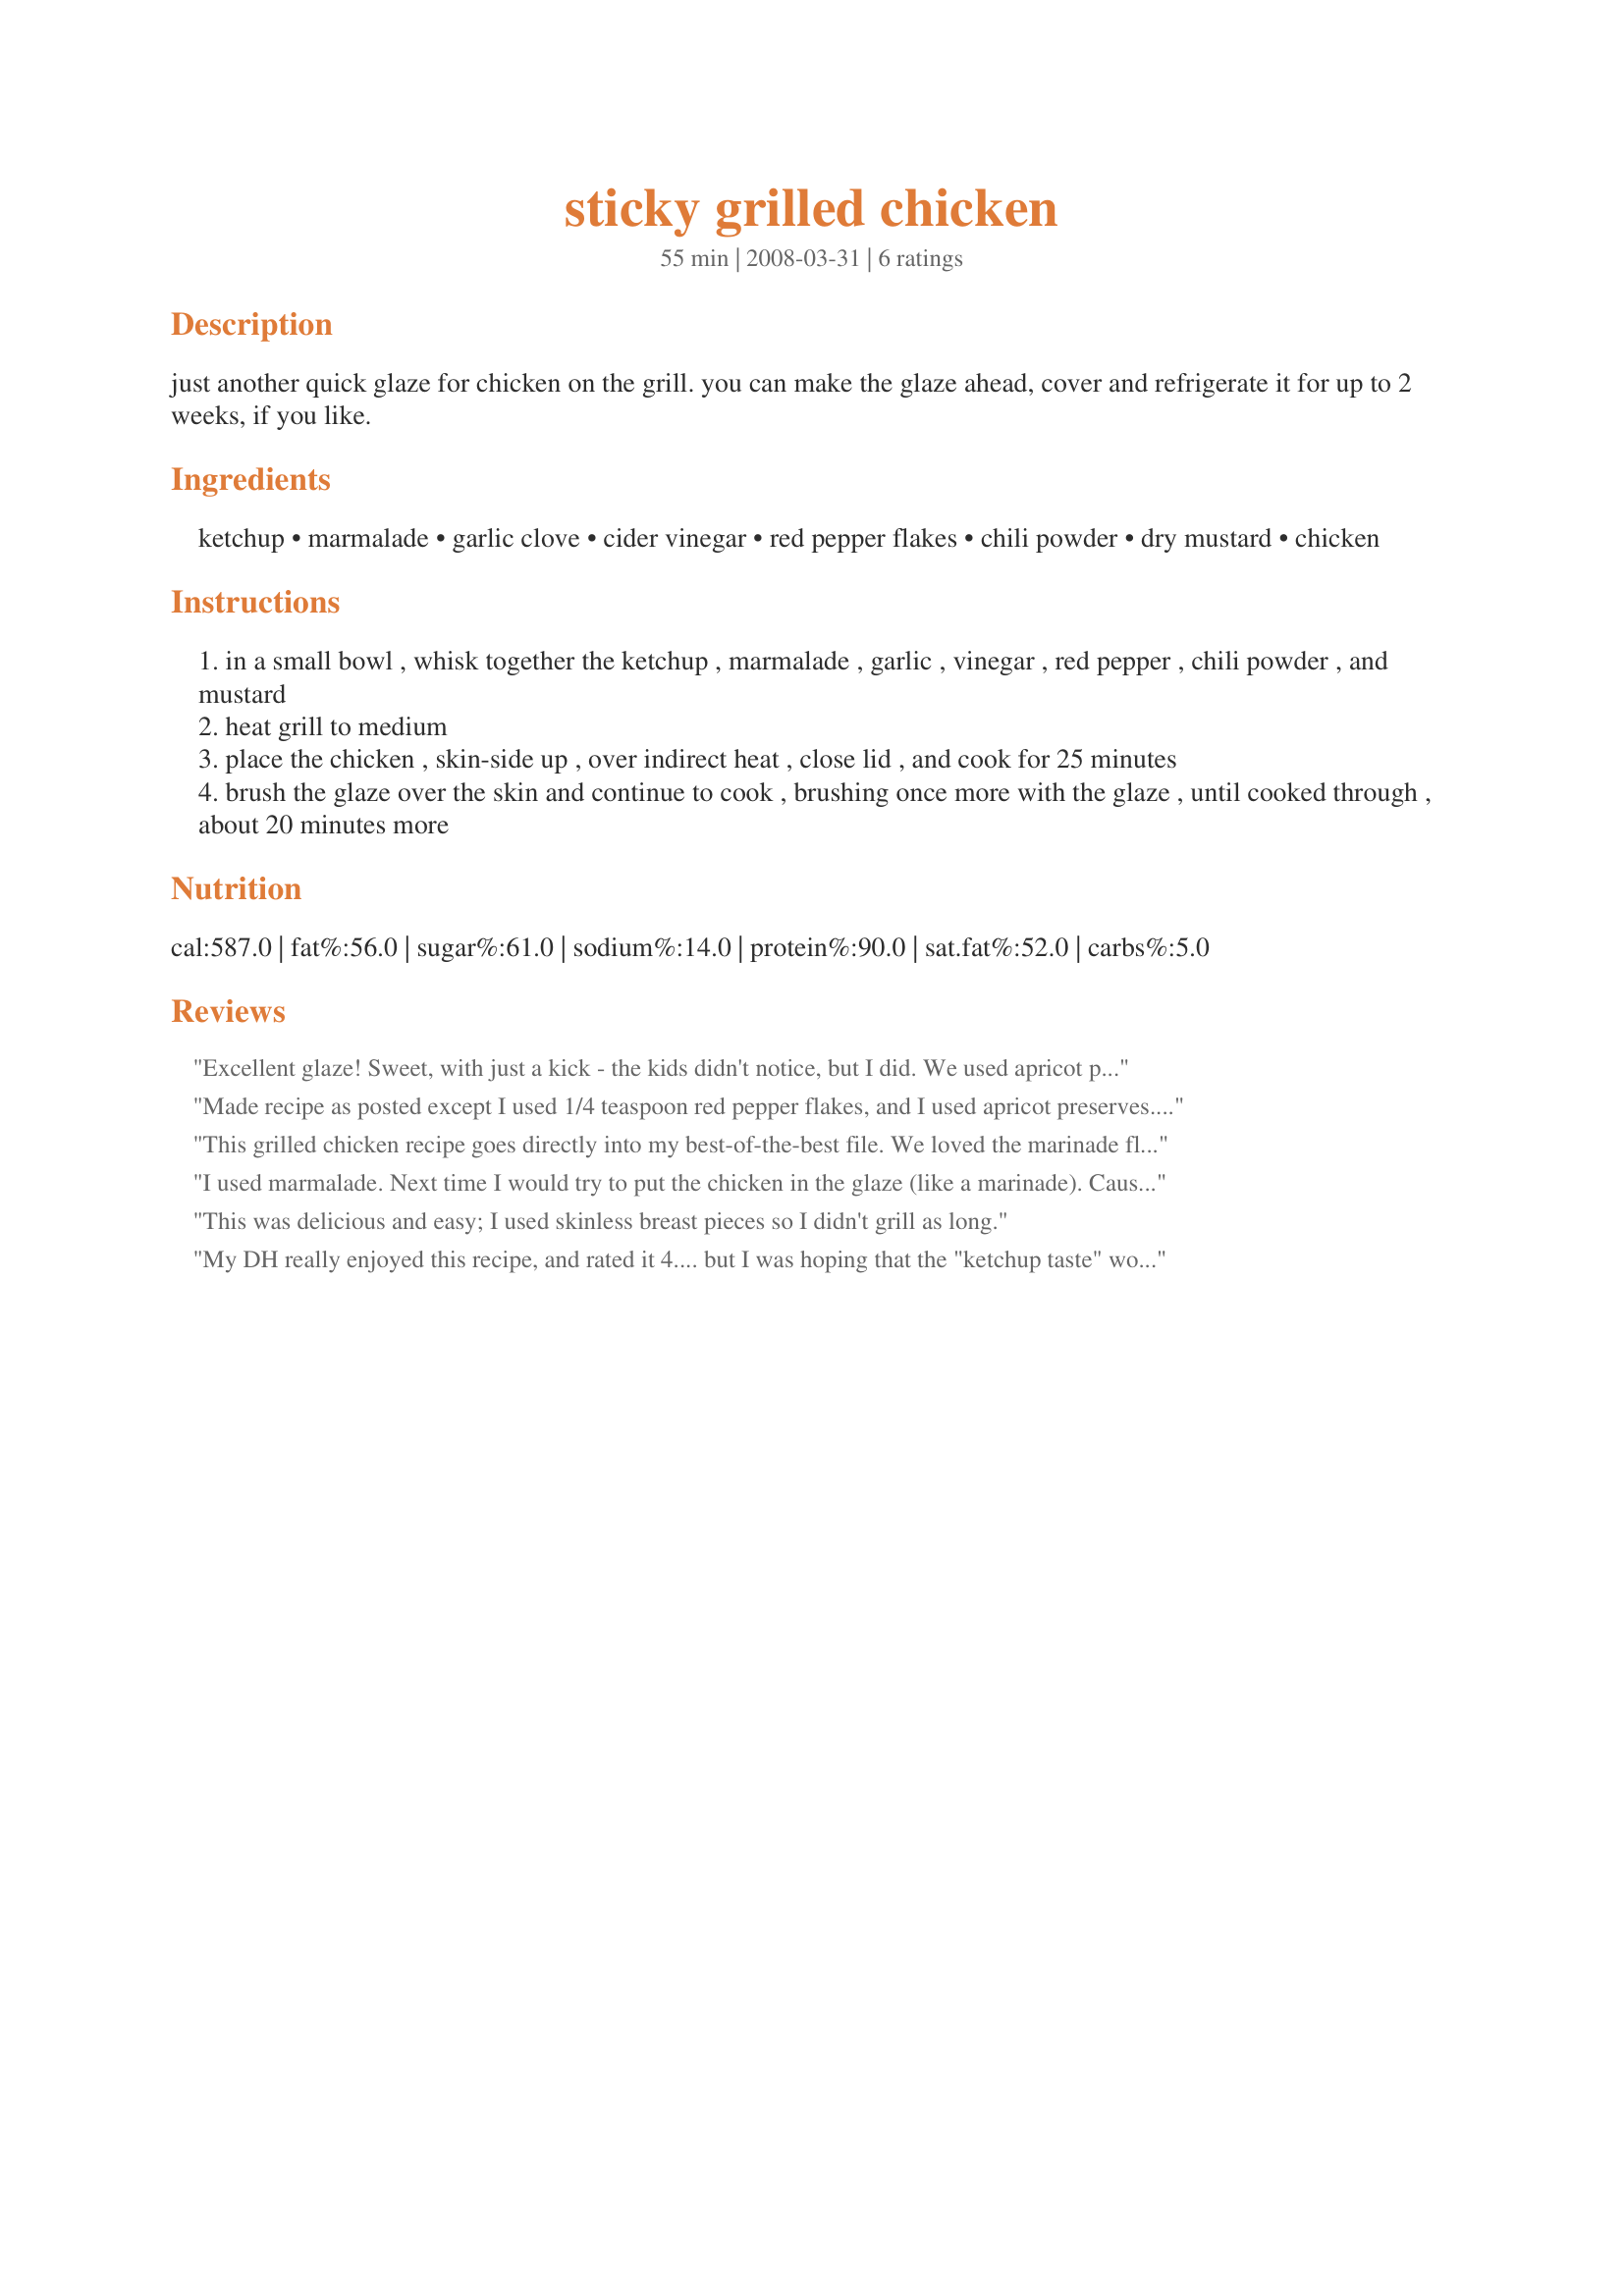
sticky grilled chicken
Preparation time: 55 minutes

just another quick glaze for chicken on the grill. you can make the glaze ahead, cover and refrigerate it for up to 2 weeks, if you like.

Ingredients:
ketchup, marmalade, garlic clove, cider vinegar, red pepper flakes, chili powder, dry mustard, chicken

Steps:
in a small bowl , whisk together the ketchup , marmalade , garlic , vinegar , red pepper , chili powder , and mustard
heat grill to medium
place the chicken , skin-side up , over indirect heat , close lid , and cook for 25 minutes
brush the glaze over the skin and continue to cook , brushing once more with the glaze , until cooked through , about 20 minutes more

Reviews:
Excellent glaze! Sweet, with just a kick - the kids didn't notice, but I did. We used apricot preserves, and bone-in breasts and legs. Thank you for posting. Made for ZWT5, for the Groovy GastroGnomes.
Made recipe as posted except I used 1/4 teaspoon red pepper flakes, and I used apricot preserves. SOOOOO GOOD!! These were to die for, picky daughter loved these also. Made for 1-2-3 hits
This grilled chicken recipe goes directly into my best-of-the-best file. We loved the marinade flavor!! I also loved the bit of heat from the crushed red pepper (without it being overly hot). We just thought this was perfect. It&#039;s super easy to pull together, too. We used chicken legs and devoured them! Made for the Spring Pick-A-Chef event.
I used marmalade. Next time I would try to put the chicken in the glaze (like a marinade). Cause it didn't taste a lot. But the taste was great. Or maybe DH didn't baste them enough. He hates doing that LOL Thanks Jackie. Made for Holiday tag.
This was delicious and easy; I used skinless breast pieces so I didn't grill as long.
My DH really enjoyed this recipe, and rated it 4.... but I was hoping that the "ketchup taste" would be masked a bit more for my liking. I would have rated it 3 stars. I did cut the recipe in half as it was just DH and myself. It wasn't bad...but I would probably try and find something else
